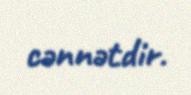
cənnətdir.